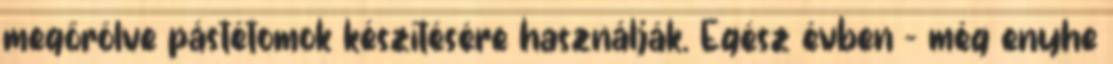
megőrölve pástétomok készítésére használják. Egész évben - még enyhe